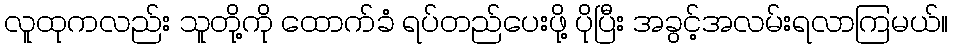
လူထုကလည်း သူတို့ကို ထောက်ခံ ရပ်တည်ပေးဖို့ ပိုပြီး အခွင့်အလမ်းရလာကြမယ်။